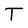
Character: T